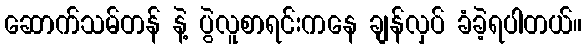
ဆောက်သမ်တန် နဲ့ ပွဲလူစာရင်းကနေ ချန်လှပ် ခံခဲ့ရပါတယ်။